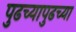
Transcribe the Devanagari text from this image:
पुढच्यापुढच्या